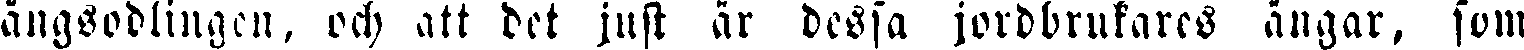
ängsodlingen, och att det just är dessa jordbrukares ängar, som